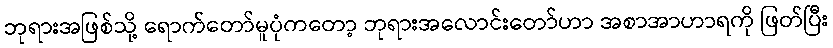
ဘုရားအဖြစ်သို့ ရောက်တော်မူပုံကတော့ ဘုရားအလောင်းတော်ဟာ အစာအာဟာရကို ဖြတ်ပြီး